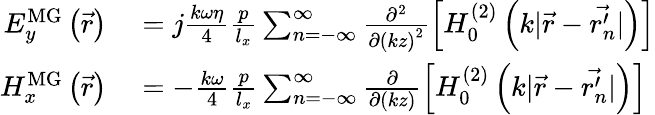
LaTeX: \begin{array}{rl}{E_{y}^{\mathrm{MG}}\left(\vec{r}\right)}&{{}=j\frac{k\omega\eta}{4}\frac{p}{l_{x}}\sum_{n=-\infty}^{\infty}\frac{\partial^{2}}{\partial\left(kz\right)^{2}}\left[H_{0}^{(2)}\left(k|\vec{r}-\vec{r_{n}^{\prime}}|\right)\right]}\\ {H_{x}^{\mathrm{MG}}\left(\vec{r}\right)}&{{}=-\frac{k\omega}{4}\frac{p}{l_{x}}\sum_{n=-\infty}^{\infty}\frac{\partial}{\partial\left(kz\right)}\left[H_{0}^{(2)}\left(k|\vec{r}-\vec{r_{n}^{\prime}}|\right)\right]}\end{array}